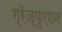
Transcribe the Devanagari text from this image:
ग्रॅज्युएशन